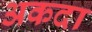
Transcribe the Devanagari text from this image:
अकदा